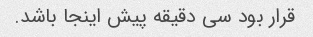
قرار بود سی دقیقه پیش اینجا باشد.